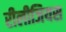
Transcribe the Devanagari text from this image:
रीलीजियस